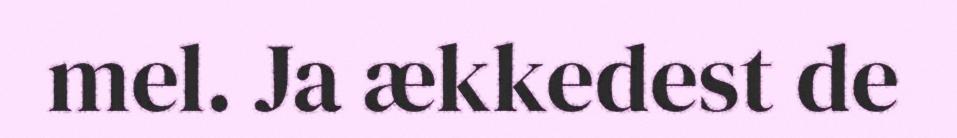
mel. Ja ækkedest de